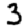
Digit: 3